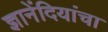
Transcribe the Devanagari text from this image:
ज्ञानेंदियांचा